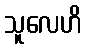
သူလေဟိ